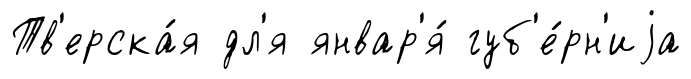
Тв'ерска́я дл'я январ'я́ губ'е́рн'иjа